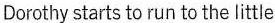
Dorothy starts to run to the little